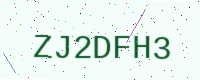
Text: ZJ2DFH3